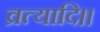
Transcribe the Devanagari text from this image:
व्रत्यादि।।